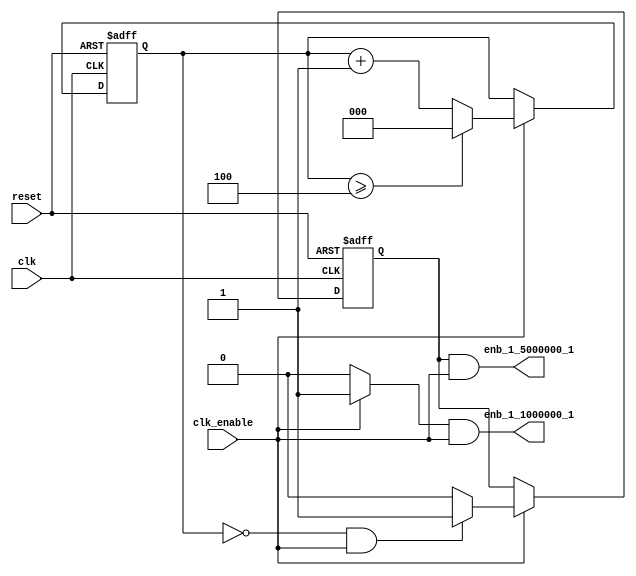
// -------------------------------------------------------------
// 
// 
// Generated by MATLAB 9.12 and HDL Coder 3.20
// 
// -------------------------------------------------------------


// -------------------------------------------------------------
// 
// Module: RaisedCosine_tc
// Source Path: RaisedCosine_tc
// Hierarchy Level: 1
// 
// Master clock enable input: clk_enable
// 
// enb_1_1000000_1: identical to clk_enable
// enb_1_5000000_1: 5x slower than clk with phase 1
// 
// -------------------------------------------------------------

`timescale 1 ns / 1 ns

module RaisedCosine_tc
          (clk,
           reset,
           clk_enable,
           enb_1_1000000_1,
           enb_1_5000000_1);


  input   clk;
  input   reset;
  input   clk_enable;
  output  enb_1_1000000_1;
  output  enb_1_5000000_1;


  reg [2:0] count5;  // ufix3
  wire phase_all;
  reg  phase_1;
  wire phase_1_tmp;


  always @ (posedge clk or posedge reset)
    begin: Counter5
      if (reset == 1'b1) begin
        count5 <= 3'b001;
      end
      else begin
        if (clk_enable == 1'b1) begin
          if (count5 >= 3'b100) begin
            count5 <= 3'b000;
          end
          else begin
            count5 <= count5 + 3'b001;
          end
        end
      end
    end // Counter5

  assign phase_all = clk_enable ? 1'b1 : 1'b0;

  always @ (posedge clk or posedge reset)
    begin: temp_process1
      if (reset == 1'b1) begin
        phase_1 <= 1'b1;
      end
      else begin
        if (clk_enable == 1'b1) begin
          phase_1 <= phase_1_tmp;
        end
      end
    end // temp_process1

  assign  phase_1_tmp = (count5 == 3'b000 && clk_enable == 1'b1) ? 1'b1 : 1'b0;

  assign enb_1_1000000_1 =  phase_all & clk_enable;

  assign enb_1_5000000_1 =  phase_1 & clk_enable;


endmodule  // RaisedCosine_tc